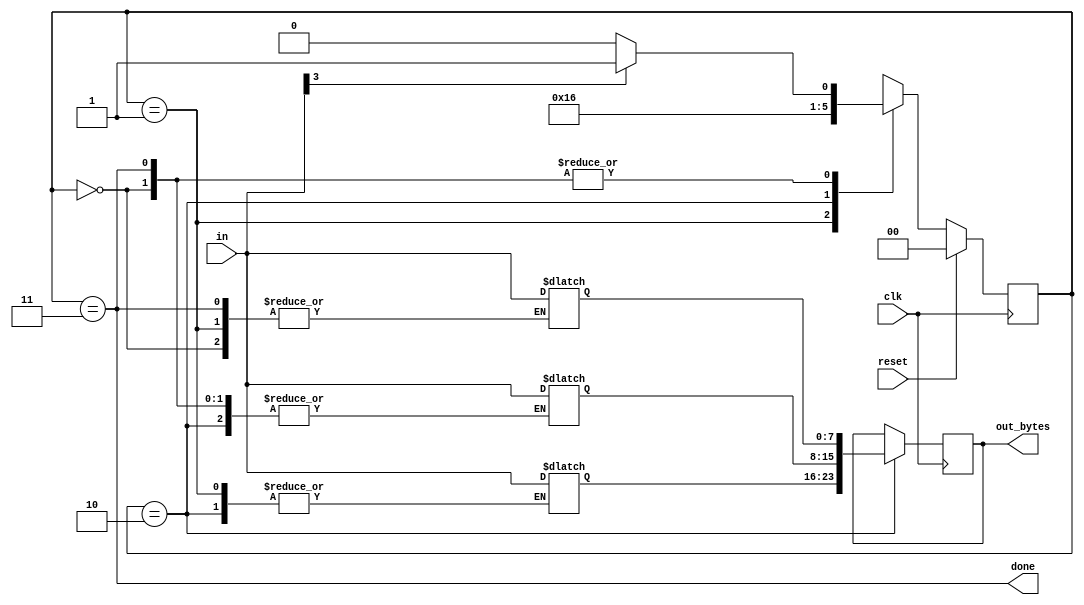
module top_module(
    input clk,
    input [7:0] in,
    input reset,    // Synchronous reset
    output [23:0] out_bytes,
    output done); //

    parameter BYTE1=0, BYTE2=1, BYTE3=2, DONE=3;
    reg [1:0] state, next;
    reg [23:0] out_reg;
    // State transition logic (combinational)
    always@(*) begin
        case (state)
            BYTE1 : begin
                next = in[3] ? BYTE2 : BYTE1;
                out_reg[23:16] = in;
            end
            BYTE2 : begin 
                next = BYTE3;
                out_reg[15:8] = in;
            end
            BYTE3: begin 
                next = DONE;
                out_reg[7:0] = in;
            end
            DONE: begin 
                next = in[3] ? BYTE2 :BYTE1;
                out_reg[23:16] = in;
            end
            default: next = BYTE1;
        endcase
    end
    // State flip-flops (sequential)

    always@(posedge clk) begin
        if (reset) begin
            state <= BYTE1;
        end else
            state <= next;
    end

    always@(posedge clk) begin
        if (state == BYTE3) out_bytes <= out_reg;
    end
    // Output logic
    assign done = (state == DONE);
endmodule